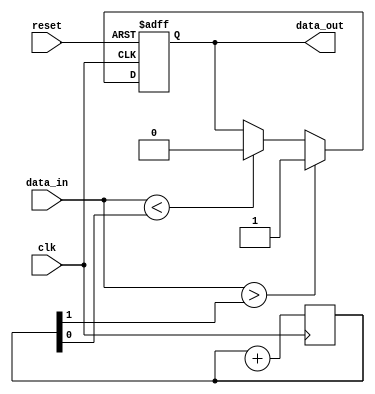
module io_buffer (
    input        wire        clk,
    input        wire        reset,
    input        wire        data_in,
    output       reg         data_out
);

reg [1:0] hysteresis_threshold;
reg [1:0] feedback;

// Schmitt trigger buffer functionality
always @ (posedge clk or posedge reset)
begin
    if (reset)
        data_out <= 1'b0;
    else if (data_in > hysteresis_threshold[1])
        data_out <= 1'b1;
    else if (data_in < hysteresis_threshold[0])
        data_out <= 1'b0;
end

// Feedback mechanism to control hysteresis threshold levels
always @ (posedge clk)
begin
    hysteresis_threshold <= hysteresis_threshold + feedback;
end

// Additional features such as output slew rate control, ESD protection, and configurable drive strength can be added here

endmodule